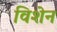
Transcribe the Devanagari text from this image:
विशेन